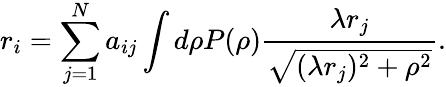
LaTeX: r_{i}=\sum_{j=1}^{N}a_{ij}\int d\rho P(\rho)\frac{\lambda r_{j}}{\sqrt{(\lambda r_{j})^{2}+\rho^{2}}}.